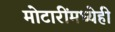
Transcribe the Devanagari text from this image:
मोटारींमध्येही